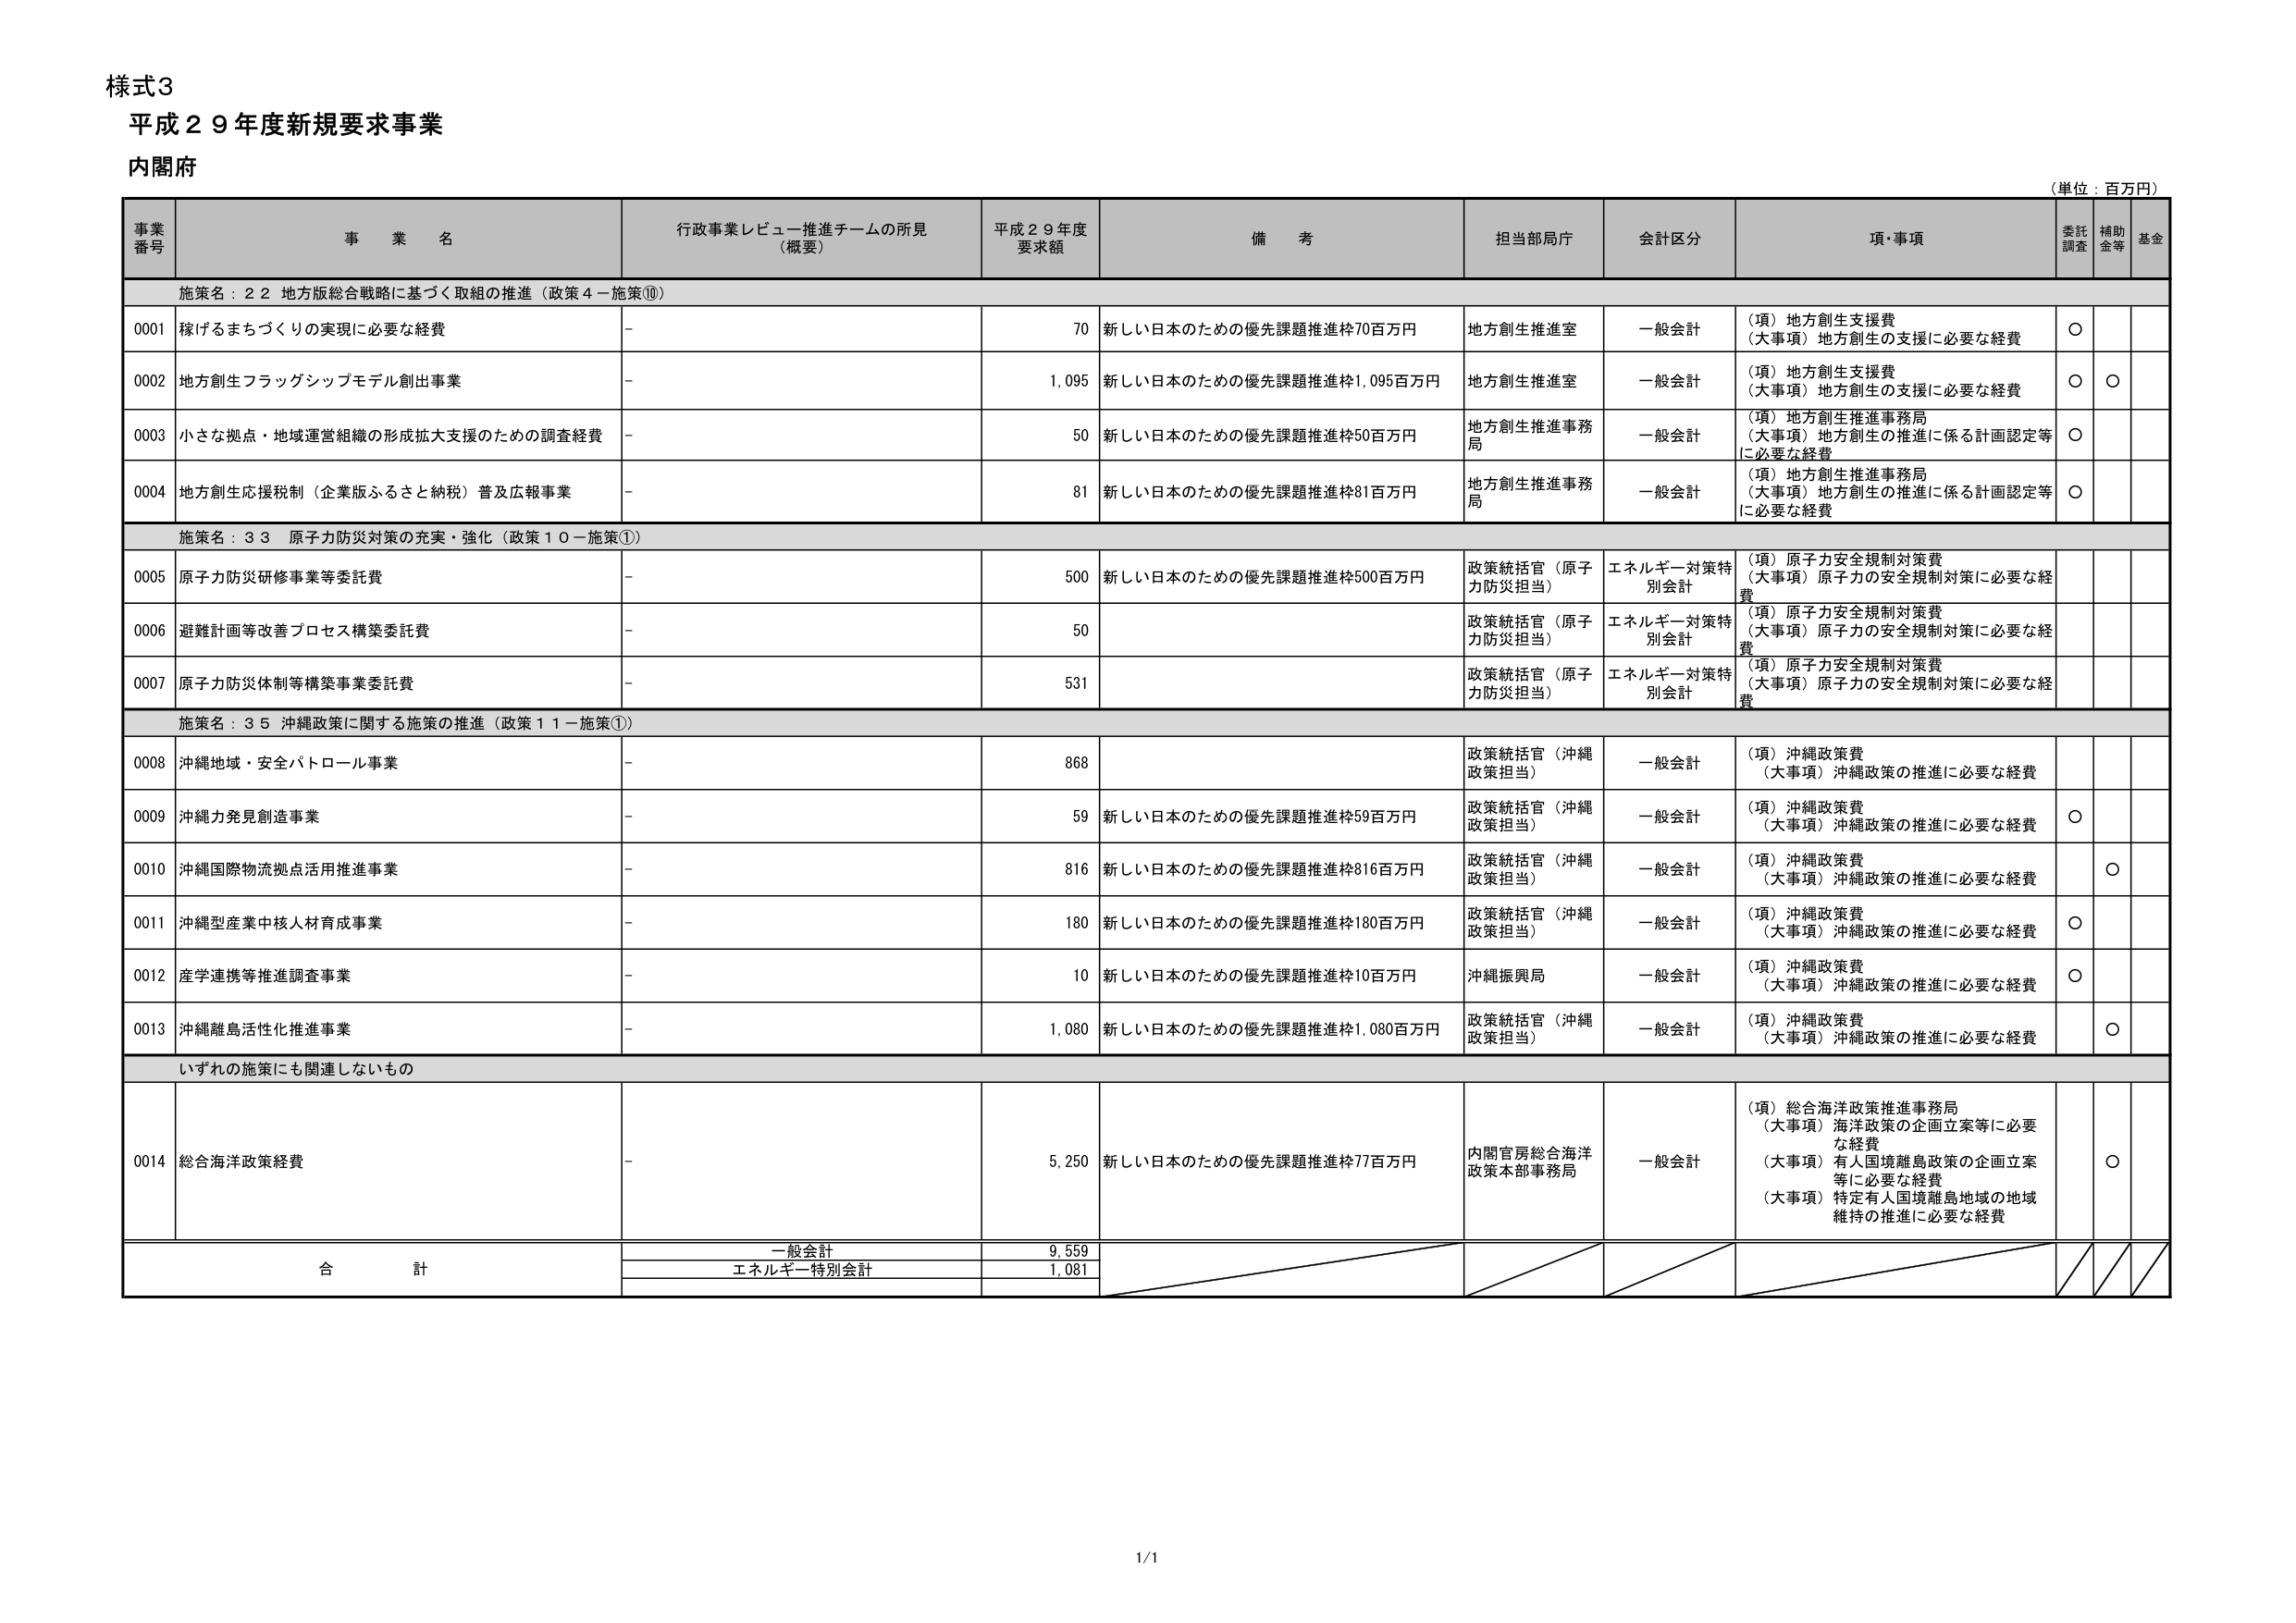
様式3
平成２９年度新規要求事業
内閣府

（単位：百万円）

事業番号　　事業名　　行政事業レビュー推進チームの所見（概要）　　平成２９年度要求額　　備考　　担当部局庁　　会計区分　　項・事項　　委託調査　　補助金等　　基金

施策名：２２ 地方版総合戦略に基づく取組の推進（政策４－施策⑩）

0001　稼げるまちづくりの実現に必要な経費　　－　　70　　新しい日本のための優先課題推進枠70百万円　　地方創生推進室　　一般会計　　（項）地方創生支援費　（大事項）地方創生の支援に必要な経費　　○　　　

0002　地方創生フラッグシップモデル創出事業　　－　　1,095　　新しい日本のための優先課題推進枠1,095百万円　　地方創生推進室　　一般会計　　（項）地方創生支援費　（大事項）地方創生の支援に必要な経費　　○　○

0003　小さな拠点・地域運営組織の形成拡大支援のための調査経費　　－　　50　　新しい日本のための優先課題推進枠50百万円　　地方創生推進事務局　　一般会計　　（項）地方創生推進事務局　（大事項）地方創生の推進に係る計画認定等に必要な経費　　○　　　

0004　地方創生応援税制（企業版ふるさと納税）普及広報事業　　－　　81　　新しい日本のための優先課題推進枠81百万円　　地方創生推進事務局　　一般会計　　（項）地方創生推進事務局　（大事項）地方創生の推進に係る計画認定等に必要な経費　　○　　　

施策名：３３ 原子力防災対策の充実・強化（政策１０－施策①）

0005　原子力防災研修事業等委託費　　－　　500　　新しい日本のための優先課題推進枠500百万円　　政策統括官（原子力防災担当）　　エネルギー対策特別会計　　（項）原子力安全規制対策費　（大事項）原子力の安全規制対策に必要な経費　　　　

0006　避難計画等改善プロセス構築委託費　　－　　50　　－　　政策統括官（原子力防災担当）　　エネルギー対策特別会計　　（項）原子力安全規制対策費　（大事項）原子力の安全規制対策に必要な経費　　　　

0007　原子力防災体制等構築事業委託費　　－　　531　　－　　政策統括官（原子力防災担当）　　エネルギー対策特別会計　　（項）原子力安全規制対策費　（大事項）原子力の安全規制対策に必要な経費　　　　

施策名：３５ 沖縄政策に関する施策の推進（政策１１－施策①）

0008　沖縄地域・安全パトロール事業　　－　　868　　－　　政策統括官（沖縄政策担当）　　一般会計　　（項）沖縄政策費　（大事項）沖縄政策の推進に必要な経費　　　　

0009　沖縄力発見創造事業　　－　　59　　新しい日本のための優先課題推進枠59百万円　　政策統括官（沖縄政策担当）　　一般会計　　（項）沖縄政策費　（大事項）沖縄政策の推進に必要な経費　　○　　　

0010　沖縄国際物流拠点活用推進事業　　－　　816　　新しい日本のための優先課題推進枠816百万円　　政策統括官（沖縄政策担当）　　一般会計　　（項）沖縄政策費　（大事項）沖縄政策の推進に必要な経費　　　○

0011　沖縄型産業中核人材育成事業　　－　　180　　新しい日本のための優先課題推進枠180百万円　　政策統括官（沖縄政策担当）　　一般会計　　（項）沖縄政策費　（大事項）沖縄政策の推進に必要な経費　　○　　　

0012　産学連携等推進調査事業　　－　　10　　新しい日本のための優先課題推進枠10百万円　　沖縄振興局　　一般会計　　（項）沖縄政策費　（大事項）沖縄政策の推進に必要な経費　　○　　　

0013　沖縄離島活性化推進事業　　－　　1,080　　新しい日本のための優先課題推進枠1,080百万円　　政策統括官（沖縄政策担当）　　一般会計　　（項）沖縄政策費　（大事項）沖縄政策の推進に必要な経費　　○　　　

いずれの施策にも関連しないもの

0014　総合海洋政策経費　　－　　5,250　　新しい日本のための優先課題推進枠77百万円　　内閣官房総合海洋政策本部事務局　　一般会計　　（項）総合海洋政策推進事務局　（大事項）海洋政策の企画立案等に必要な経費　（大事項）有人国境離島政策の企画立案等に必要な経費　（大事項）特定有人国境離島地域の地域維持の推進に必要な経費　　○　　　

合計
一般会計　　9,559
エネルギー特別会計　　1,081

1/1